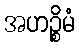
အဟဉ္စိမံ